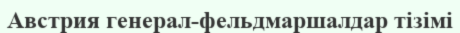
Австрия генерал-фельдмаршалдар тізімі